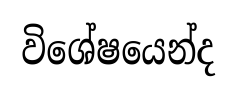
විශේෂයෙන්ද